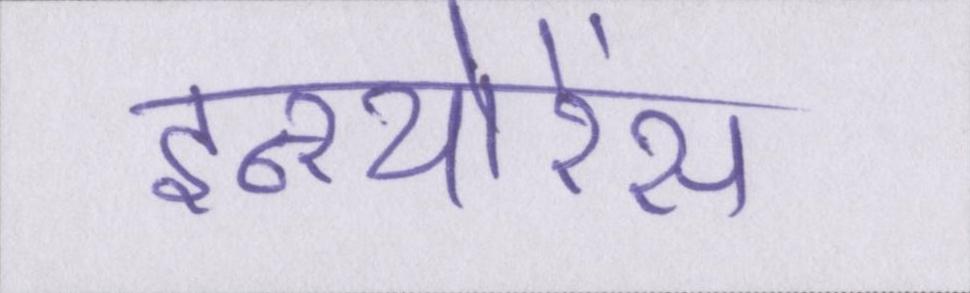
इन्श्योरेंस